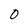
Character: 0